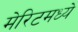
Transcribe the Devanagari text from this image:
मेरिटमध्ये